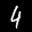
Label: 4